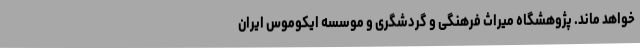
خواهد ماند. پژوهشگاه میراث فرهنگی و گردشگری و موسسه ایکوموس ایران